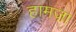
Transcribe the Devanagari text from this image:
हामज़ा